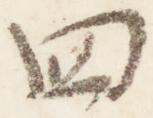
四